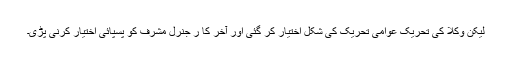
لیکن وکلا کی تحریک عوامی تحریک کی شکل اختیار کر گئی اور آخر کا ر جنرل مشرف کو پسپائی اختیار کرنی پڑی۔